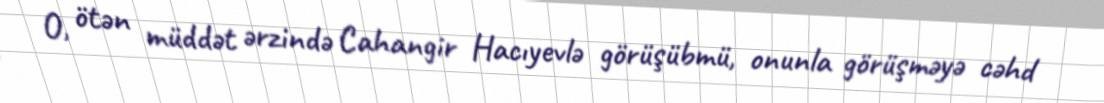
O, ötən müddət ərzində Cahangir Hacıyevlə görüşübmü, onunla görüşməyə cəhd